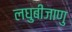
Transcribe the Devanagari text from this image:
लघुबीजाणु